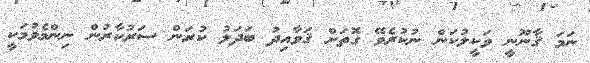
ނަމަ ޤާނޫނީ ވަކީލުކަން ނުކުރެވޭ ގޮތަށް ޤަވާއިދު ބަދަލު ކުރަން ސަރުކާރުން ނިންމެވުމަކީ